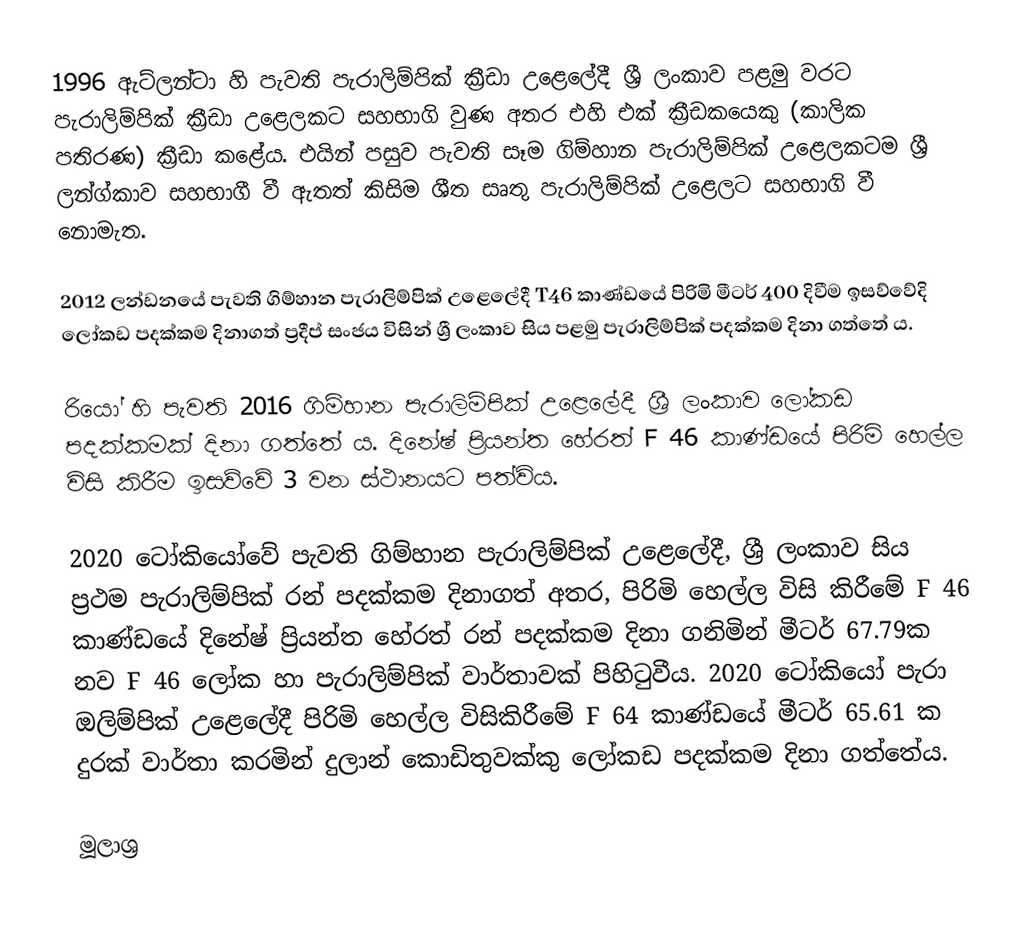
1996 ඇට්ලන්ටා හි පැවති පැරාලිම්පික් ක්‍රීඩා උළෙලේදී ශ්‍රී ලංකාව පළමු වරට පැරාලිම්පික් ක්‍රීඩා උළෙලකට සහභාගි වුණ අතර එහි එක් ක්‍රීඩකයෙකු (කාලික පතිරණ) ක්‍රීඩා කළේය. එයින් පසුව පැවති සෑම ගිම්හාන පැරාලිම්පික් උළෙලකටම ශ්‍රී ලන්ග්කාව සහභාගී වී ඇතත් කිසිම ශීත සෘතු පැරාලිම්පික් උළෙලට සහභාගි වී නොමැත.

2012 ලන්ඩනයේ පැවති ගිම්හාන පැරාලිම්පික් උළෙලේදී T46 කාණ්ඩයේ පිරිමි මීටර් 400 දිවීම ඉසව්වේදි ලෝකඩ පදක්කම දිනාගත් ප්‍රදීප් සංජය විසින් ශ්‍රී ලංකාව සිය පළමු පැරාලිම්පික් පදක්කම දිනා ගත්තේ ය.

රියෝ හි පැවති 2016 ගිම්හාන පැරාලිම්පික් උළෙලේදී ශ්‍රී ලංකාව ලෝකඩ පදක්කමක් දිනා ගත්තේ ය. දිනේෂ් ප්‍රියන්ත හේරත් F 46 කාණ්ඩයේ පිරිමි හෙල්ල විසි කිරීම ඉසව්වේ 3 වන ස්ථානයට පත්විය.

2020 ටෝකියෝවේ පැවති ගිම්හාන පැරාලිම්පික් උළෙලේදී, ශ්‍රී ලංකාව සිය ප්‍රථම පැරාලිම්පික් රන් පදක්කම දිනාගත් අතර, පිරිමි හෙල්ල විසි කිරීමේ F 46 කාණ්ඩයේ දිනේෂ් ප්‍රියන්ත හේරත් රන් පදක්කම දිනා ගනිමින් මීටර් 67.79ක නව F 46 ලෝක හා පැරාලිම්පික් වාර්තාවක් පිහිටුවීය. 2020 ටෝකියෝ පැරා ඔලිම්පික් උළෙලේදී පිරිමි හෙල්ල විසිකිරීමේ F 64 කාණ්ඩයේ මීටර් 65.61 ක දුරක් වාර්තා කරමින් දුලාන් කොඩිතුවක්කු ලෝකඩ පදක්කම දිනා ගත්තේය.

මූලාශ්‍ර